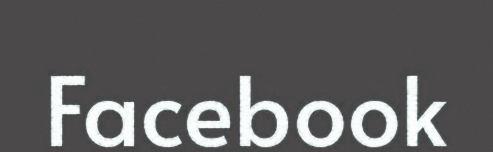
Facebook